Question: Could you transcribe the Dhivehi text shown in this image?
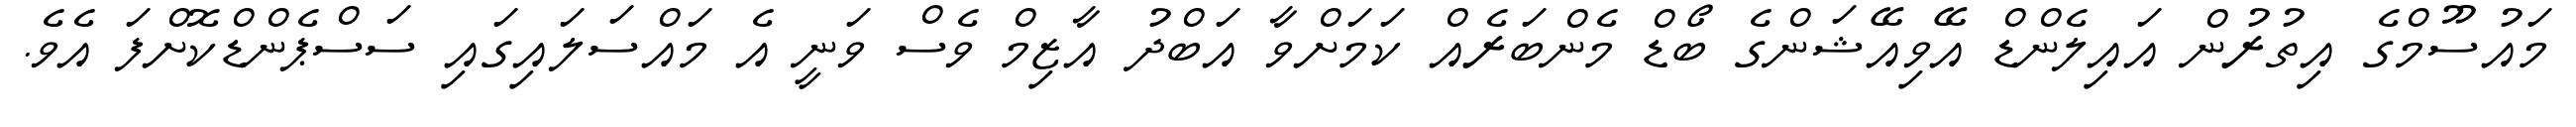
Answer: މައުސޫމްގެ އިތުރުން އައިލެންޑް އޭވިއޭޝަންގެ ބޯޑް މެންބަރެއް ކަމަށްވާ އަބްދު އާޒިމް ވެސް ވަނީ އެ މައްސަލައިގައި ސަސްޕެންޑްކޮށްފަ އެވެ.